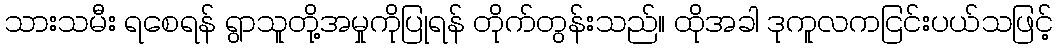
သားသမီး ရစေရန် ရွာသူတို့အမှုကိုပြုရန် တိုက်တွန်းသည်။ ထိုအခါ ဒုကူလကငြင်းပယ်သဖြင့်